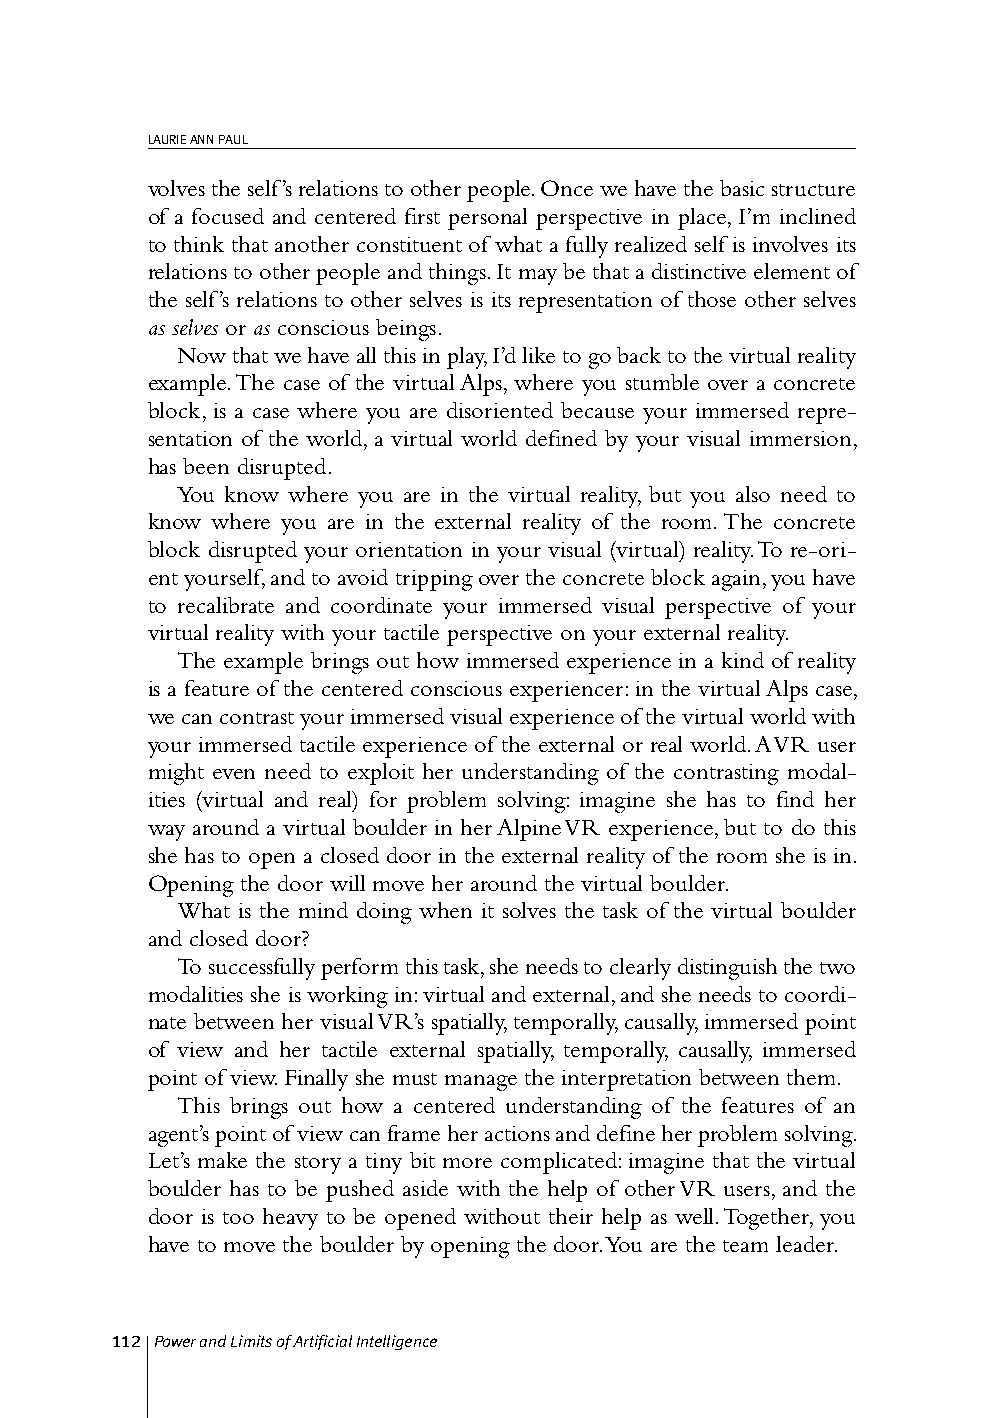
LAURIE ANN PAUL
 volves the self’s relations to other people. Once we have the basic structure
 of a focused and centered first personal perspective in place, I’m inclined
 to think that another constituent of what a fully realized self is involves its
 relations to other people and things. It may be that a distinctive element of
 the self’s relations to other selves is its representation of those other selves
 as selves or as conscious beings.
 Now that we have all this in play, I’d like to go back to the virtual reality
 example. The case of the virtual Alps, where you stumble over a concrete
 block, is a case where you are disoriented because your immersed repre-
 sentation of the world, a virtual world defined by your visual immersion,
 has been disrupted.
 You know where you are in the virtual reality, but you also need to
 know where you are in the external reality of the room. The concrete
 block disrupted your orientation in your visual (virtual) reality. To re-ori-
 ent yourself, and to avoid tripping over the concrete block again, you have
 to recalibrate and coordinate your immersed visual perspective of your
 virtual reality with your tactile perspective on your external reality.
 The example brings out how immersed experience in a kind of reality
 is a feature of the centered conscious experiencer: in the virtual Alps case,
 we can contrast your immersed visual experience of the virtual world with
 your immersed tactile experience of the external or real world. A VR user
 might even need to exploit her understanding of the contrasting modal-
 ities (virtual and real) for problem solving: imagine she has to find her
 way around a virtual boulder in her Alpine VR experience, but to do this
 she has to open a closed door in the external reality of the room she is in.
 Opening the door will move her around the virtual boulder.
 What is the mind doing when it solves the task of the virtual boulder
 and closed door?
 To successfully perform this task, she needs to clearly distinguish the two
 modalities she is working in: virtual and external, and she needs to coordi-
 nate between her visual VR’s spatially, temporally, causally, immersed point
 of view and her tactile external spatially, temporally, causally, immersed
 point of view. Finally she must manage the interpretation between them.
 This brings out how a centered understanding of the features of an
 agent’s point of view can frame her actions and define her problem solving.
 Let’s make the story a tiny bit more complicated: imagine that the virtual
 boulder has to be pushed aside with the help of other VR users, and the
 door is too heavy to be opened without their help as well. Together, you
 have to move the boulder by opening the door. You are the team leader.
 112 Power and Limits of Artificial Intelligence